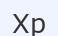
Хр